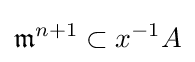
{\mathfrak {m}}^{n+1}\subset x^{-1}A